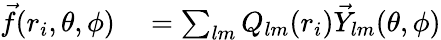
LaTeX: \begin{array}{rl}{\vec{f}(r_{i},\theta,\phi)}&{{}=\sum_{lm}Q_{lm}(r_{i})\vec{Y}_{lm}(\theta,\phi)}\end{array}